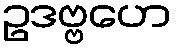
ဥဒဗ္ဗဟေ